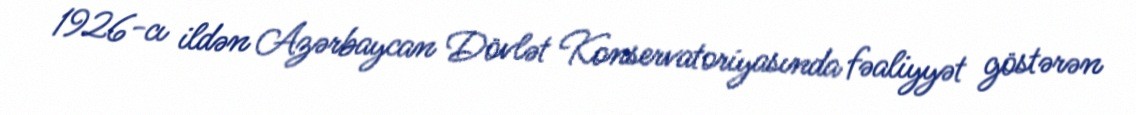
1926-cı ildən Azərbaycan Dövlət Konservatoriyasında fəaliyyət göstərən